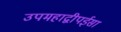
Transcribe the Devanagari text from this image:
उपमहाद्वीपईसा